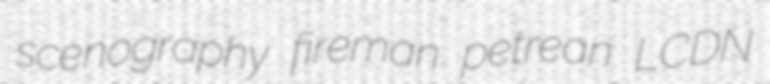
scenography fireman petrean LCDN